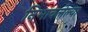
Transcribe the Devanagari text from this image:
निभावलेल्या